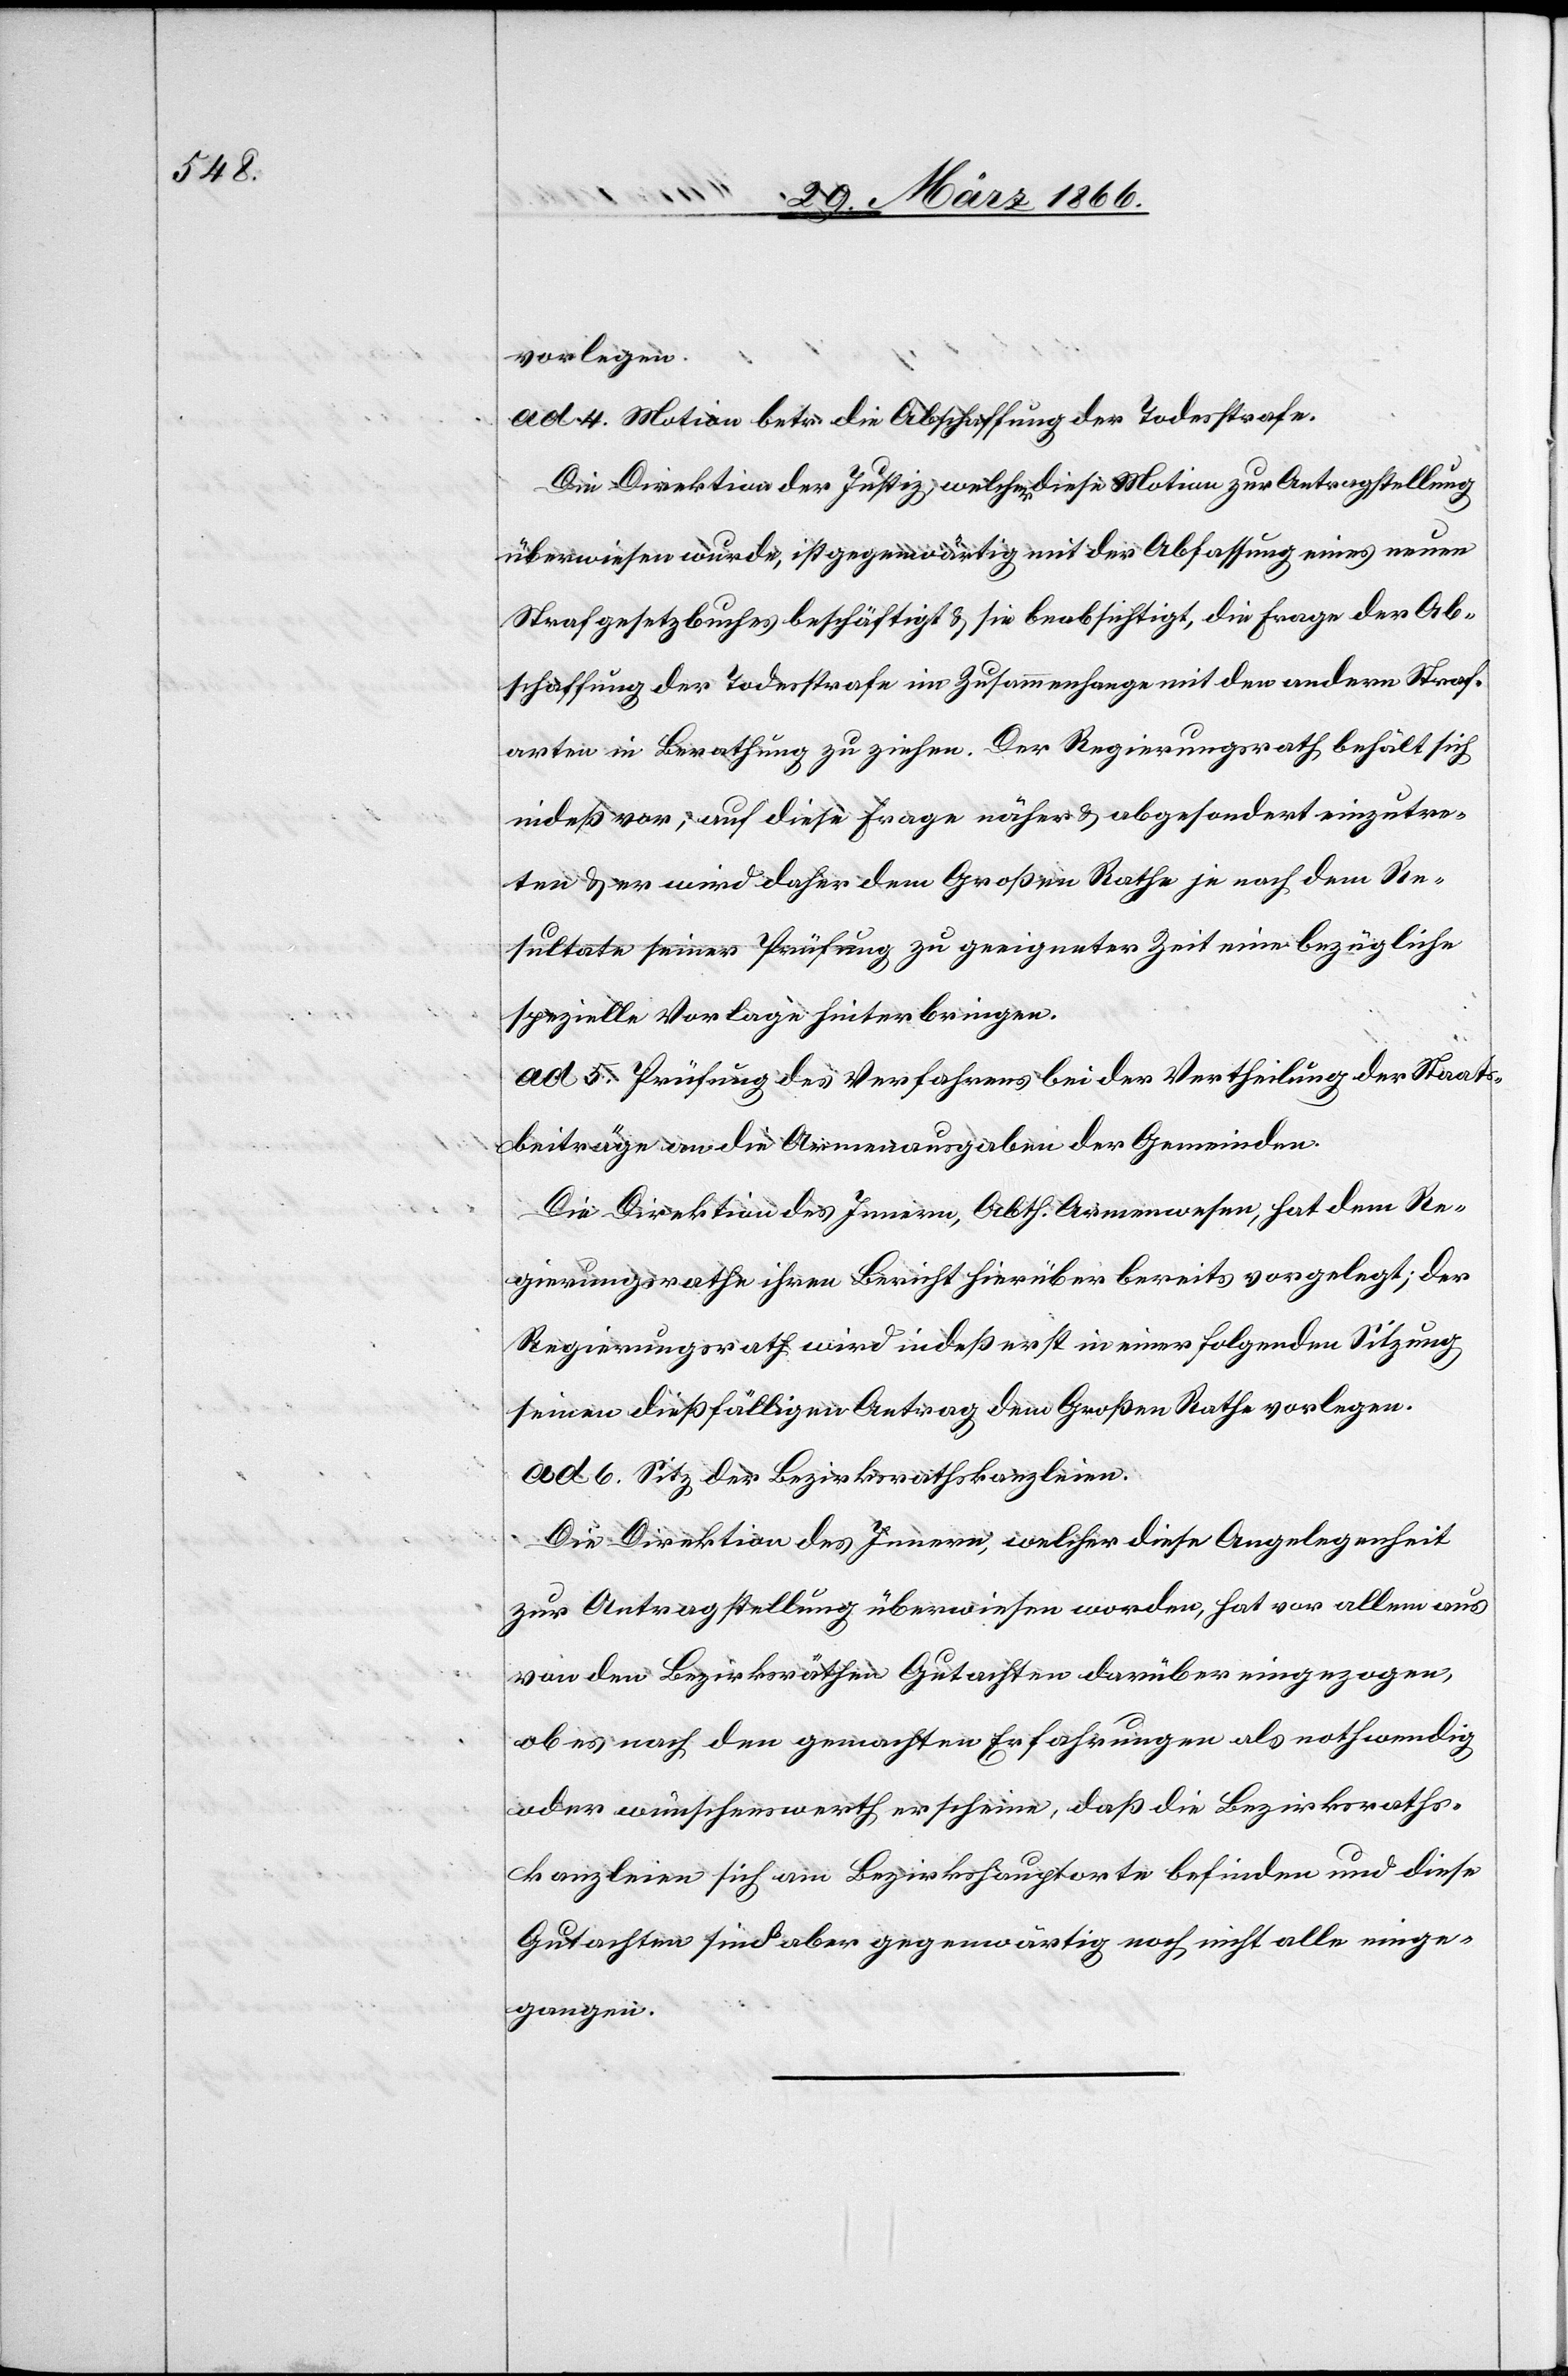
vorlegen.
ad 4. Motion betr. die Abschaffung der Todesstrafe.
Die Direktion der Justiz, welcher diese Motion zur Antragstellung
überwiesen wurde, ist gegenwärtig mit der Abfassung eines neuen
Strafgesetzbuches beschäftigt u. sie beabsichtigt, die Frage der Ab¬
schaffung der Todesstrafe im Zusammenhange mit den andern Straf¬
arten in Berathung zu ziehen. Der Regierungsrath behält sich
indeß vor, auf diese Frage näher u. abgesondert einzutre¬
ten u. er wird daher dem Großen Rathe je nach dem Re¬
sultate seiner Prüfung zu geeigneter Zeit eine bezügliche
spezielle Vorlage hinterbringen.
ad 5. Prüfung des Verfahrens bei der Vertheilung der Staats¬
beiträge an die Armenausgaben der Gemeinden.
Die Direktion des Innern, Abth. Armenwesen, hat dem Re¬
gierungsrathe ihren Bericht hierüber bereits vorgelegt; der
Regierungsrath wird indeß erst in einer folgenden Sitzung
seinen dießfälligen Antrag dem Großen Rathe vorlegen.
ad 6. Sitz der Bezirksrathskanzleien.
Die Direktion des Innern, welcher diese Angelegenheit
zur Antragstellung überwiesen worden, hat vor allem aus
von den Bezirksräthen Gutachten darüber eingezogen,
ob es nach den gemachten Erfahrungen als nothwendig
oder wünschenswerth erscheine, daß die Bezirksraths¬
kanzleien sich am Bezirkshauptorte befinden und diese
Gutachten sind aber gegenwärtig noch nicht alle einge¬
gangen.